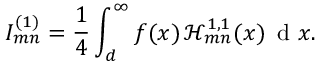
I _ { m n } ^ { ( 1 ) } = \frac { 1 } { 4 } \int _ { d } ^ { \infty } f ( x ) \, \mathcal { H } _ { m n } ^ { 1 , 1 } ( x ) \, \textrm { d } x .